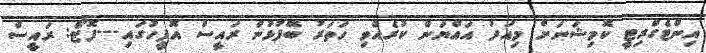
އިންޓެގްރިޓީ ކޮމިޝަނަށް މިއަދު އައްޔަން ކުރެއްވި ހަތަރު ބޭފުޅުން ރައީސް އޮފީހުގައި---ފޮޓޯ: ރައީސް